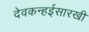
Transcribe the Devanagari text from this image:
देवकन्हईसारखी